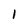
Character: l